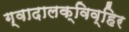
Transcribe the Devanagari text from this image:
ग्वादालक्विव्हिर